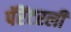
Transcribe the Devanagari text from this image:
पॅरेंटरली